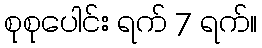
စုစုပေါင်း ရက် 7 ရက်။